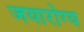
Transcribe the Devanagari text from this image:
जयारोग्य